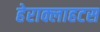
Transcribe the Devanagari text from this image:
हेराक्लाहटस